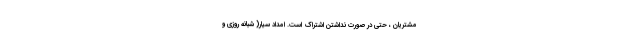
مشتریان ، حتی در صورت نداشتن اشتراک است. امداد سیار( شبانه روزی و